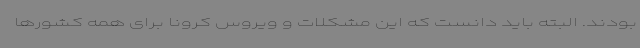
بودند. البته باید دانست که این مشکلات و ویروس کرونا برای همه کشورها